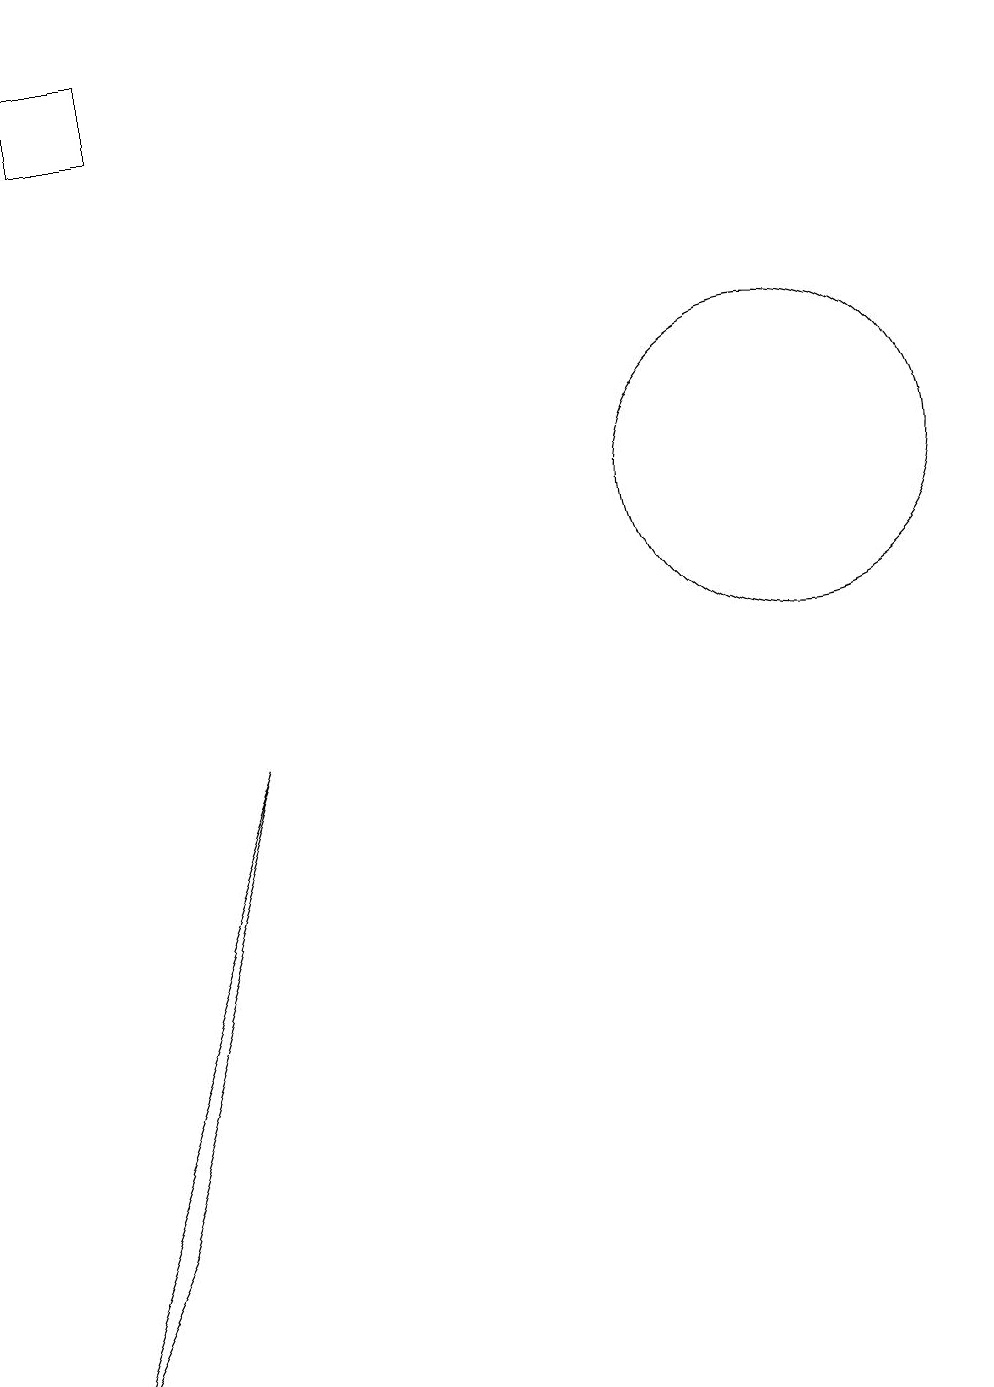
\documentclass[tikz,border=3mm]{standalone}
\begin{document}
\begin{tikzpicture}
\draw (4,17) rectangle (3,18);
\draw (11,12) circle (0);
\draw (12,12) circle (2);
\draw (2,1) -- (5,9) -- (3,3) -- cycle;
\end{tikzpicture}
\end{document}